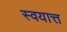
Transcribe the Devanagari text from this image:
स्वयात्त